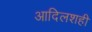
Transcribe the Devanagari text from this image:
आदिलशही